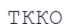
ТҚКО